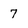
Character: 7